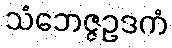
သံဘေဇ္ဇဥဒကံ